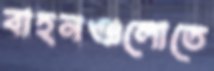
বাহনগুলোতে